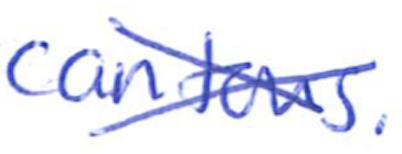
Text: cantons.
Cross-out: mix
Writing tool: ballpoint